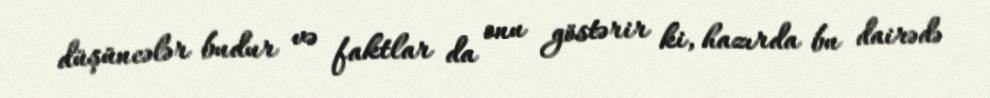
düşüncələr budur və faktlar da onu göstərir ki, hazırda bu dairədə